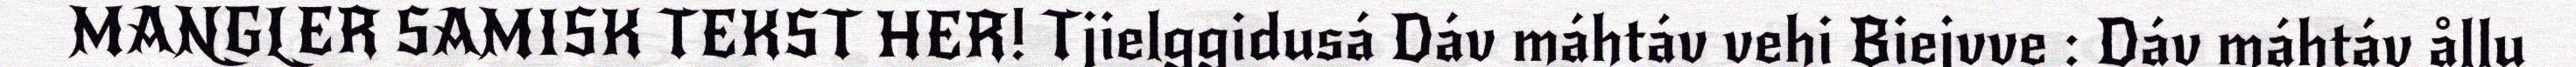
MANGLER SAMISK TEKST HER! Tjielggidusá Dáv máhtáv vehi Biejvve : Dáv máhtáv ållu